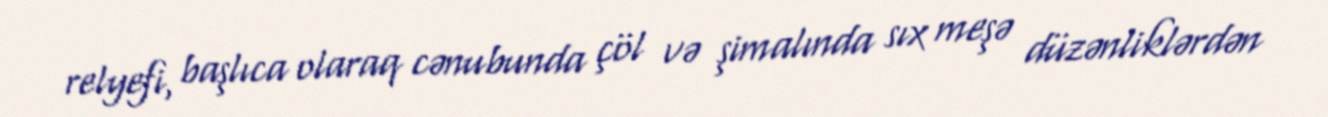
relyefi, başlıca olaraq cənubunda çöl və şimalında sıx meşə düzənliklərdən